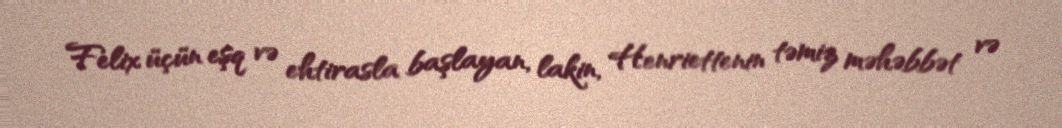
Felix üçün eşq və ehtirasla başlayan, lakin, Henriettenin təmiz məhəbbət və